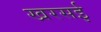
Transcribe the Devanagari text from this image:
खरसई